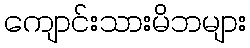
ကျောင်းသားမိဘများ